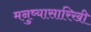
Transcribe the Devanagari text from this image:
मनुष्यासारिखी